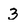
Character: 3